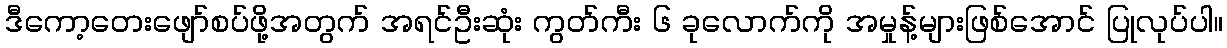
ဒီကော့တေးဖျော်စပ်ဖို့အတွက် အရင်ဦးဆုံး ကွတ်ကီး ၆ ခုလောက်ကို အမှုန့်များဖြစ်အောင် ပြုလုပ်ပါ။